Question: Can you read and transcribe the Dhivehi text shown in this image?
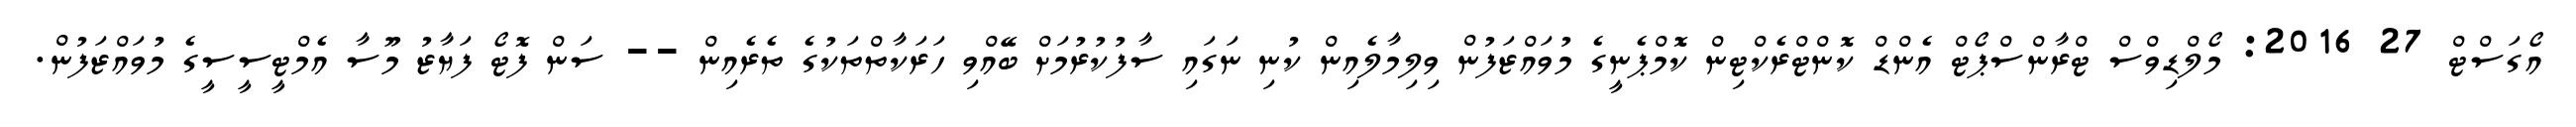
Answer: އޯގަސްޓް 27 2016: މޯލްޑިވްސް ޓްރާންސްޕޯޓް އެންޑް ކޮންޓްރެކްޓިން ކޮމްޕެނީގެ މުވައްޒަފުން ވިލިމާލެއިން ކުނި ނަގައި ސާފުކުރުމަށް ބޭއްވި ހަރަކާތްތަކުގެ ތެރެއިން -- ސަން ފޮޓޯ ފަޔާޒު މޫސާ އެމްޓީސީސީގެ މުވައްޒަފުން.